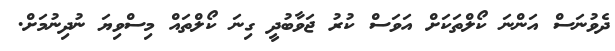
ދެވުނަސް އަންނަ ކޯލްތަކަށް އަވަސް ކުރު ޖަވާބުދީ ގިނަ ކޯލްތައް މިސްވިޔަ ނުދިނުމަށް.